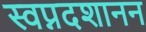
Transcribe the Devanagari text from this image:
स्वप्नदशानन